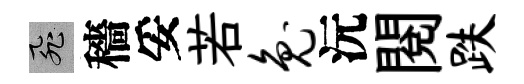
飛穡妥若兔沅閱跌